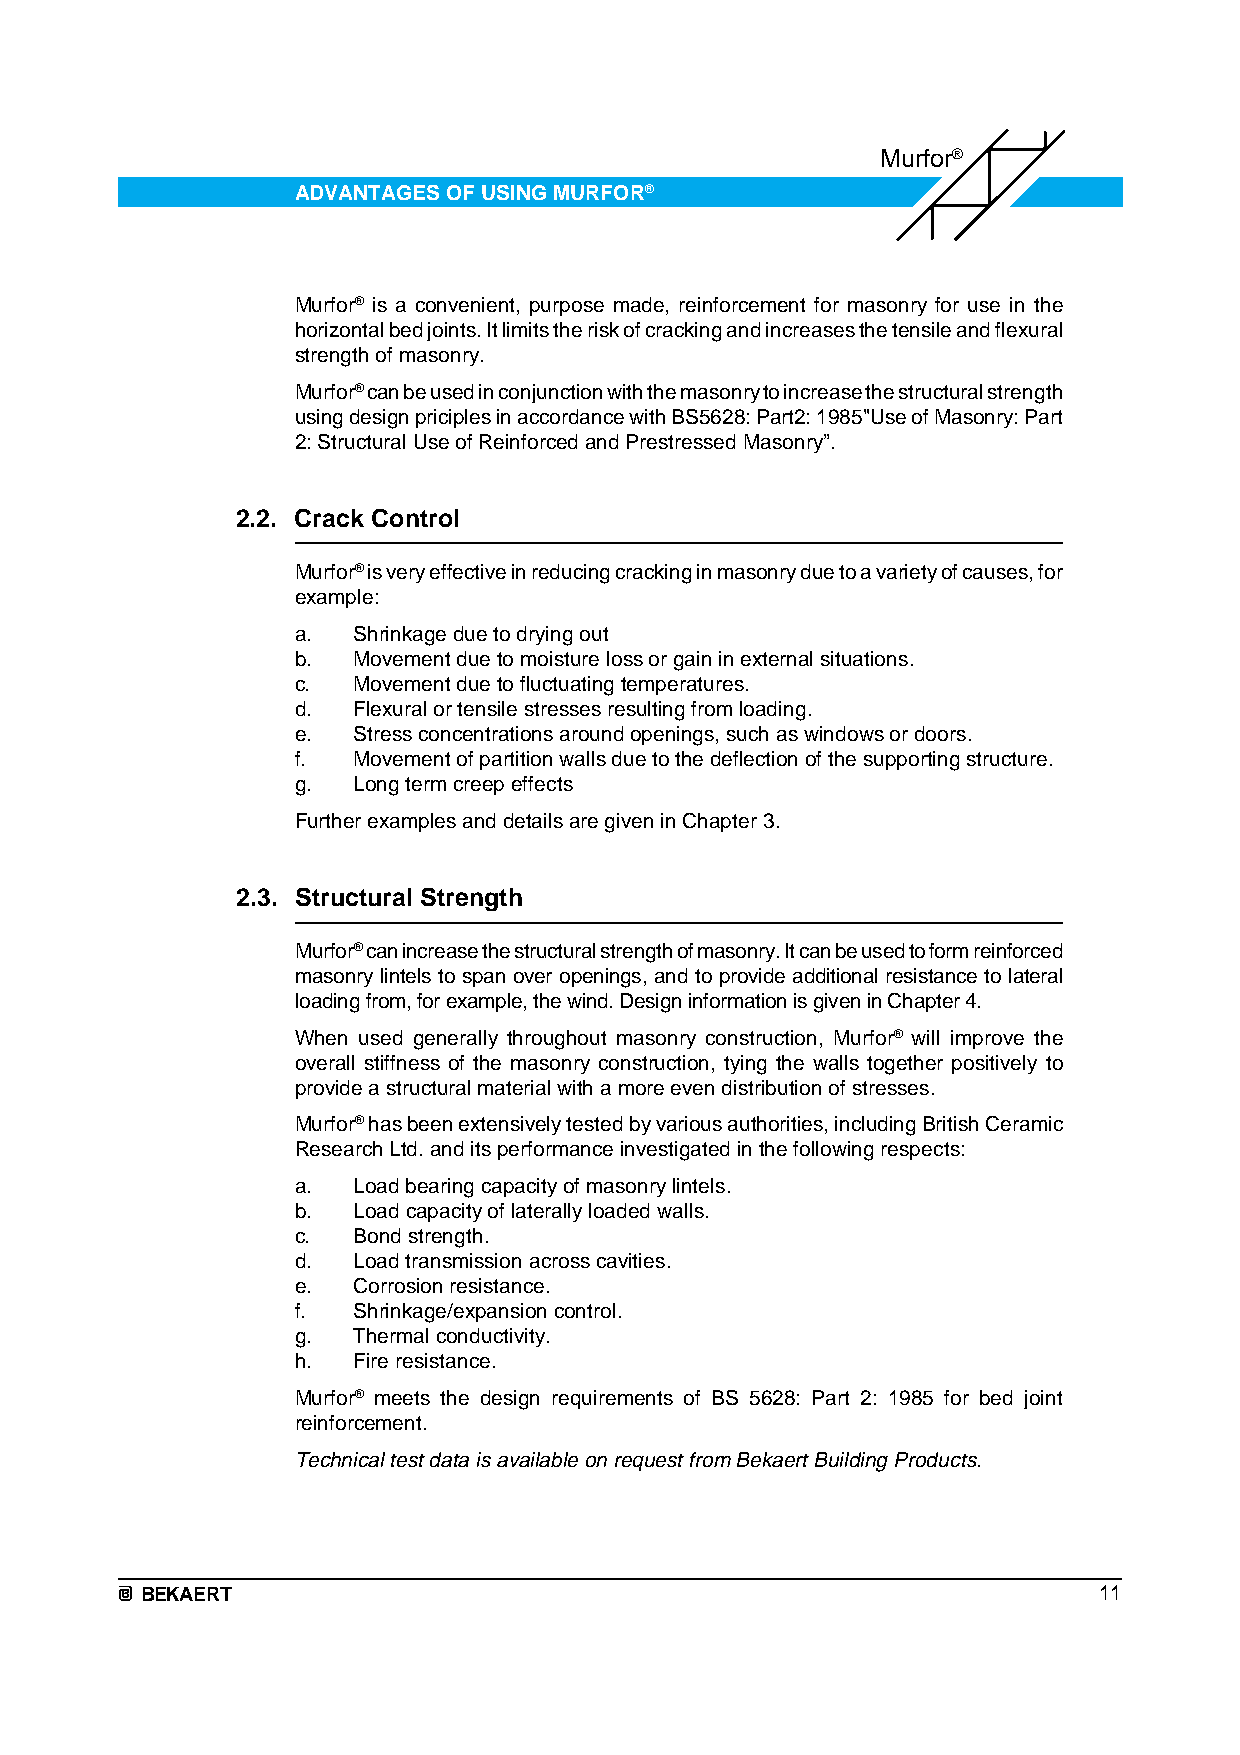
Murfor®
 ADVANTAGES OF USING MURFOR®
 Murfor® is a convenient, purpose made, reinforcement for masonry for use in the
 horizontal bed joints. It limits the risk of cracking and increases the tensile and flexural
 strength of masonry.
 Murfor® can be used in conjunction with the masonry to increase the structural strength
 using design priciples in accordance with BS5628: Part2: 1985"Use of Masonry: Part
 2: Structural Use of Reinforced and Prestressed Masonry”.
 2.2. Crack Control
 Murfor® is very effective in reducing cracking in masonry due to a variety of causes, for
 example:
 a. Shrinkage due to drying out
 b. Movement due to moisture loss or gain in external situations.
 c. Movement due to fluctuating temperatures.
 d. Flexural or tensile stresses resulting from loading.
 e. Stress concentrations around openings, such as windows or doors.
 f. Movement of partition walls due to the deflection of the supporting structure.
 g. Long term creep effects
 Further examples and details are given in Chapter 3.
 2.3. Structural Strength
 Murfor® can increase the structural strength of masonry. It can be used to form reinforced
 masonry lintels to span over openings, and to provide additional resistance to lateral
 loading from, for example, the wind. Design information is given in Chapter 4.
 When used generally throughout masonry construction, Murfor® will improve the
 overall stiffness of the masonry construction, tying the walls together positively to
 provide a structural material with a more even distribution of stresses.
 Murfor® has been extensively tested by various authorities, including British Ceramic
 Research Ltd. and its performance investigated in the following respects:
 a. Load bearing capacity of masonry lintels.
 b. Load capacity of laterally loaded walls.
 c. Bond strength.
 d. Load transmission across cavities.
 e. Corrosion resistance.
 f. Shrinkage/expansion control.
 g. Thermal conductivity.
 h. Fire resistance.
 Murfor® meets the design requirements of BS 5628: Part 2: 1985 for bed joint
 reinforcement.
 Technical test data is available on request from Bekaert Building Products.
 BEKAERT                                                         11